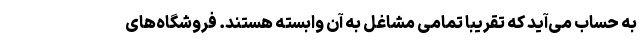
به حساب می‌آید که تقریبا تمامی مشاغل به آن وابسته هستند. فروشگاه‌های